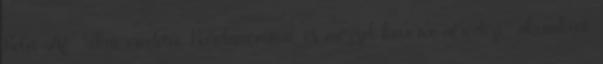
Kelet-Af- rikai eredetű. Kardamommal és mézzel keverve afrodizi- ákumként